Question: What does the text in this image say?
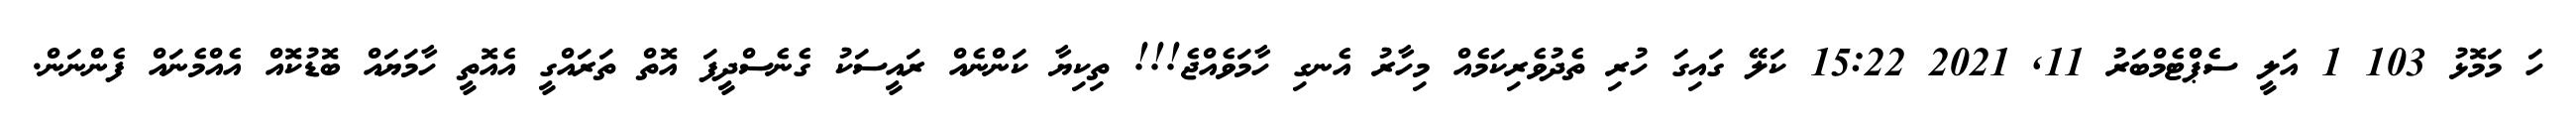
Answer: ހަ މަމޮޅު 103 1 އަލީ ސެޕްޓެމްބަރު 11, 2021 15:22 ކަލޭ ގައިގަ ހުރި ތެދުވެރިކަމެއް މިހާރު އެނގި ހާމަވެއްޖެ!!! ތިކިޔާ ކަންނެއް ރައީސަކު ގެނެސްދީފަ އޮތް ތަރައްގީ އެއޮތީ ހާމަޔައް ބޮޑުކޮއް އެއްމެނައް ފެންނަން.